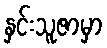
နှင်းသူဇာမှာ